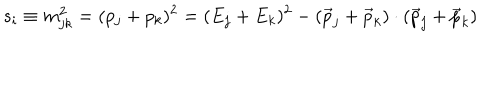
s _ { i } \equiv m _ { j k } ^ { 2 } = ( p _ { j } + p _ { k } ) ^ { 2 } = ( E _ { j } + E _ { k } ) ^ { 2 } - ( { \vec { p } } _ { j } + { \vec { p } } _ { k } ) \cdot ( { \vec { p } } _ { j } + { \vec { p } } _ { k } )